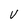
Character: V